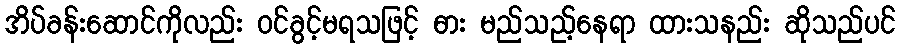
အိပ်ခန်းဆောင်ကိုလည်း ဝင်ခွင့်မရသဖြင့် ဓား မည်သည့်နေရာ ထားသနည်း ဆိုသည်ပင်